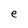
Character: e